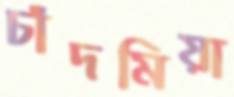
চাঁদমিয়া